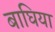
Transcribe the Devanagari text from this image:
बाघिया